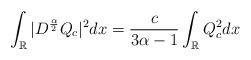
LaTeX: \begin{align*} \int_{\mathbb R} |D^{\frac{\alpha}2}Q_c|^2dx=\frac{c}{3\alpha-1} \int_{\mathbb R} Q_c^2 dx\end{align*}